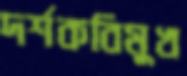
দর্শকবিমুখ